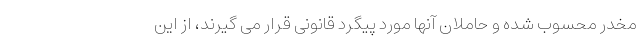
مخدر محسوب شده و حاملان آنها مورد پیگرد قانونی قرار می گیرند، از این